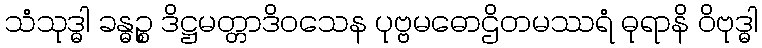
သံသုဒ္ဓါ ခန္ဓဉ္စ ဒိဋ္ဌမတ္တာဒိဝသေန ပုဗ္ဗမဓောဌိတမဿရံ ဓုရာနိ ဝိဗုဒ္ဓါ